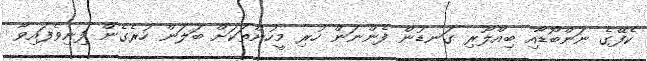
ކެފޭގެ ނަންބޯޑާއި ބިއްލޫރި ގަނޑުން ފެންނަން ހުރި މީހުންތަކަށް ބަލަން ހުރެގެން ފިނިވެފައިވާ